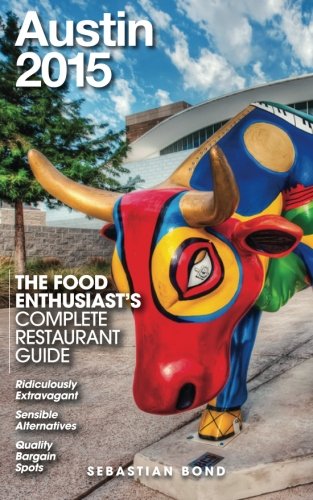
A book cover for Austin - 2015 (The Food Enthusiast's Complete Restaurant Guide); Sebastian Bond; Travel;